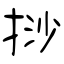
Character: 挱